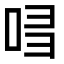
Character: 𠱲